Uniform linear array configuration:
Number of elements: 16
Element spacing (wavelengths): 0.75
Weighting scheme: uniform
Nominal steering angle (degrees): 15
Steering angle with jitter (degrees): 13.839
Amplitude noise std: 0.05
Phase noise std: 0.05

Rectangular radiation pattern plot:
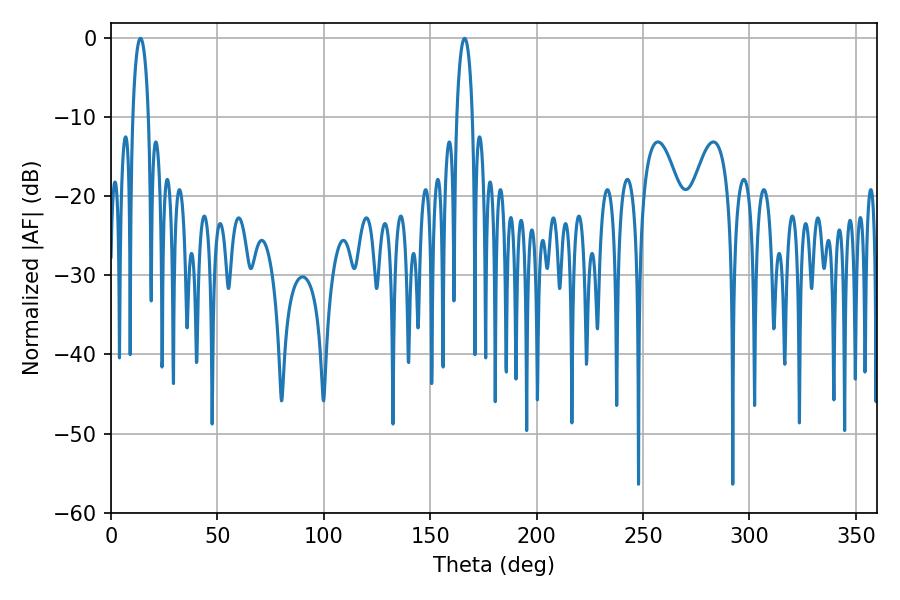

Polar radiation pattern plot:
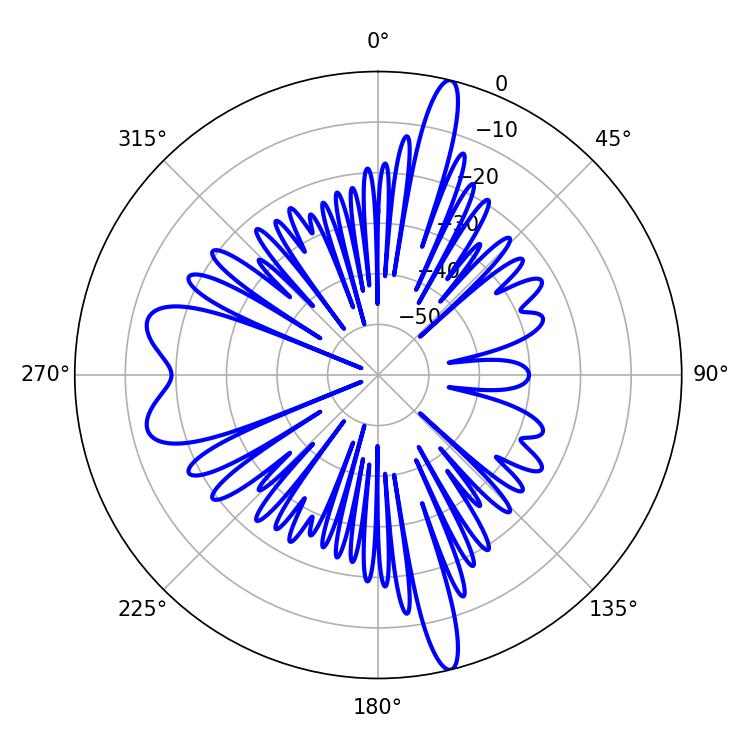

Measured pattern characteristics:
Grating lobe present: TRUE
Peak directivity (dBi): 20.504
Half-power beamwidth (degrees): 4.32
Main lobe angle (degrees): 13.86